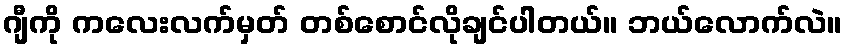
ဂျီကို ကလေးလက်မှတ် တစ်စောင်လိုချင်ပါတယ်။ ဘယ်လောက်လဲ။